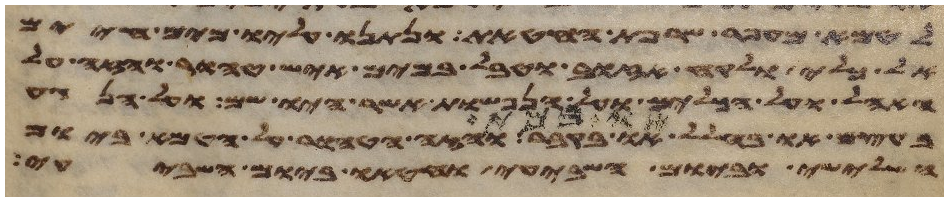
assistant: לטמא מעפר שרפת החטאת ונתנו עליו מים חיים
כלי ולקח אזוב וטבל במים איש טהור והזה על
האהל ועל הכלים ועל הנפשות אשר היו שם ועל הנגע
בעצם או בחלל או במת או בקבר והזה הטהור על הטמא ביום
השלישי וביום השביעי וחטאו ביום השביעי